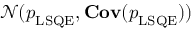
\mathcal { N } ( \boldsymbol { p } _ { \mathrm { L S Q E } } , \mathbf { C o v } ( \boldsymbol { p } _ { \mathrm { L S Q E } } ) )